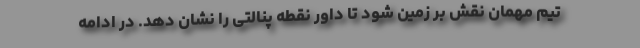
تیم مهمان نقش بر زمین شود تا داور نقطه پنالتی را نشان دهد. در ادامه